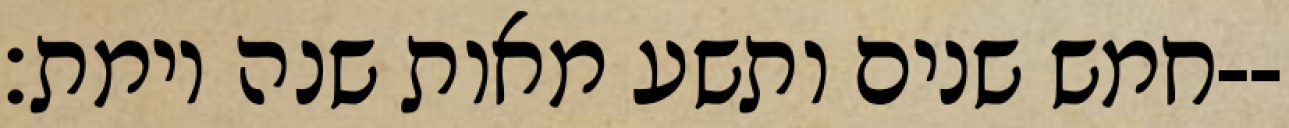
חמש שנים ותשע מאות שנה וימת׃--